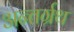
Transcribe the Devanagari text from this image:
अन्तर्ग्रथ